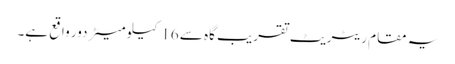
یہ مقام ریٹریٹ تقریب گاہ سے 16 کیلو میٹر دور واقع ہے۔